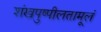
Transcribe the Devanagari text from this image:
शंखपुष्पीलतामूलं